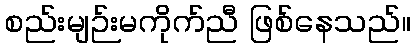
စည်းမျဉ်းမကိုက်ညီ ဖြစ်နေသည်။